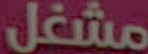
مشغل